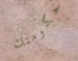
حكومتك